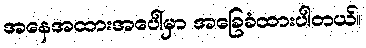
အနေအထားအပေါ်မှာ အခြေခံထားပါတယ်။